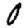
Digit: 0